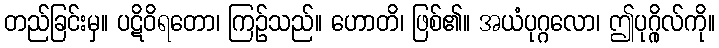
တည်ခြင်းမှ။ ပဋိဝိရတော၊ ကြဉ်သည်။ ဟောတိ၊ ဖြစ်၏။ အယံပုဂ္ဂလော၊ ဤပုဂ္ဂိုလ်ကို။